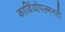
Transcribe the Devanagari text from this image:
कार्डियोपल्मनरी